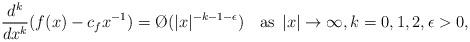
LaTeX: \begin{align*}\frac{d^k}{dx^k}(f(x)-c_f x^{-1})=\O(|x|^{-k-1-\epsilon})\quad{\rm as }\,\;|x|\rightarrow\infty,k=0,1,2,\epsilon>0,\end{align*}